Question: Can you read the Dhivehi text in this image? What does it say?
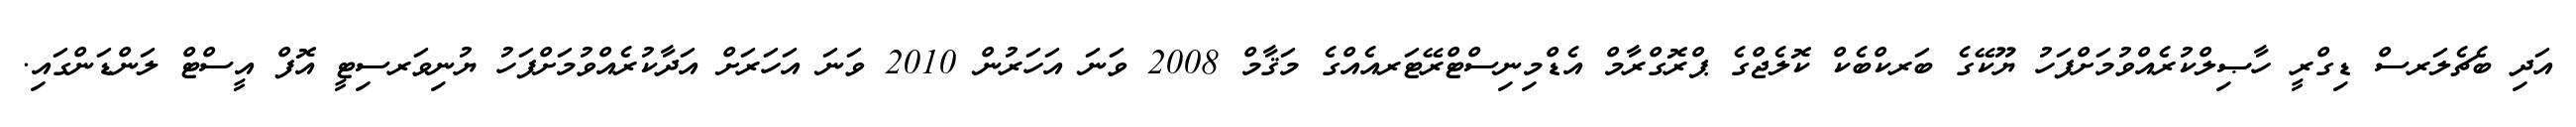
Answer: އަދި ބެޗެލަރސް ޑިގްރީ ހާޞިލްކުރެއްވުމަށްފަހު ޔޫކޭގެ ބަރކްބެކް ކޮލެޖްގެ ޕްރޮގްރާމް އެޑްމިނިސްޓްރޭޓަރއެއްގެ މަޤާމް 2008 ވަނަ އަހަރުން 2010 ވަނަ އަހަރަށް އަދާކުރެއްވުމަށްފަހު ޔުނިވަރސިޓީ އޮފް އީސްޓް ލަންޑަންގައި.